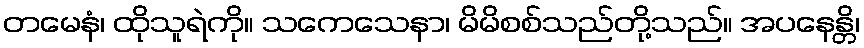
တမေနံ၊ ထိုသူရဲကို။ သကေသေနာ၊ မိမိစစ်သည်တို့သည်။ အပနေန္တိ၊